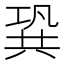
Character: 𠔣